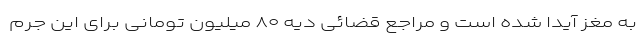
به مغز آیدا شده است و مراجع قضائی دیه ۸۰ میلیون تومانی برای این جرم